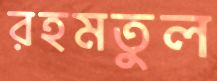
রহমতুল